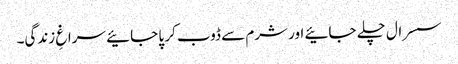
سسرال چلے جائیے اور شرم سے ڈوب کر پا جائیے سراغِ زندگی۔